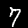
Label: 7